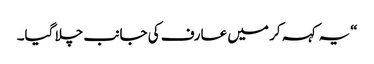
“یہ کہہ کر میں عارف کی جانب چلا گیا۔